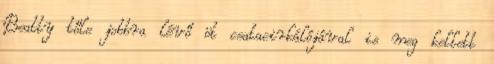
Beatty tőle jobbra lévő öt csatacirkálójával is meg kellett